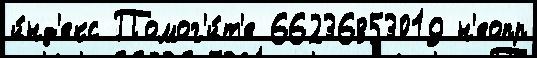
и́нд'екс Помог'и́т'е 66236853019 н'еопр